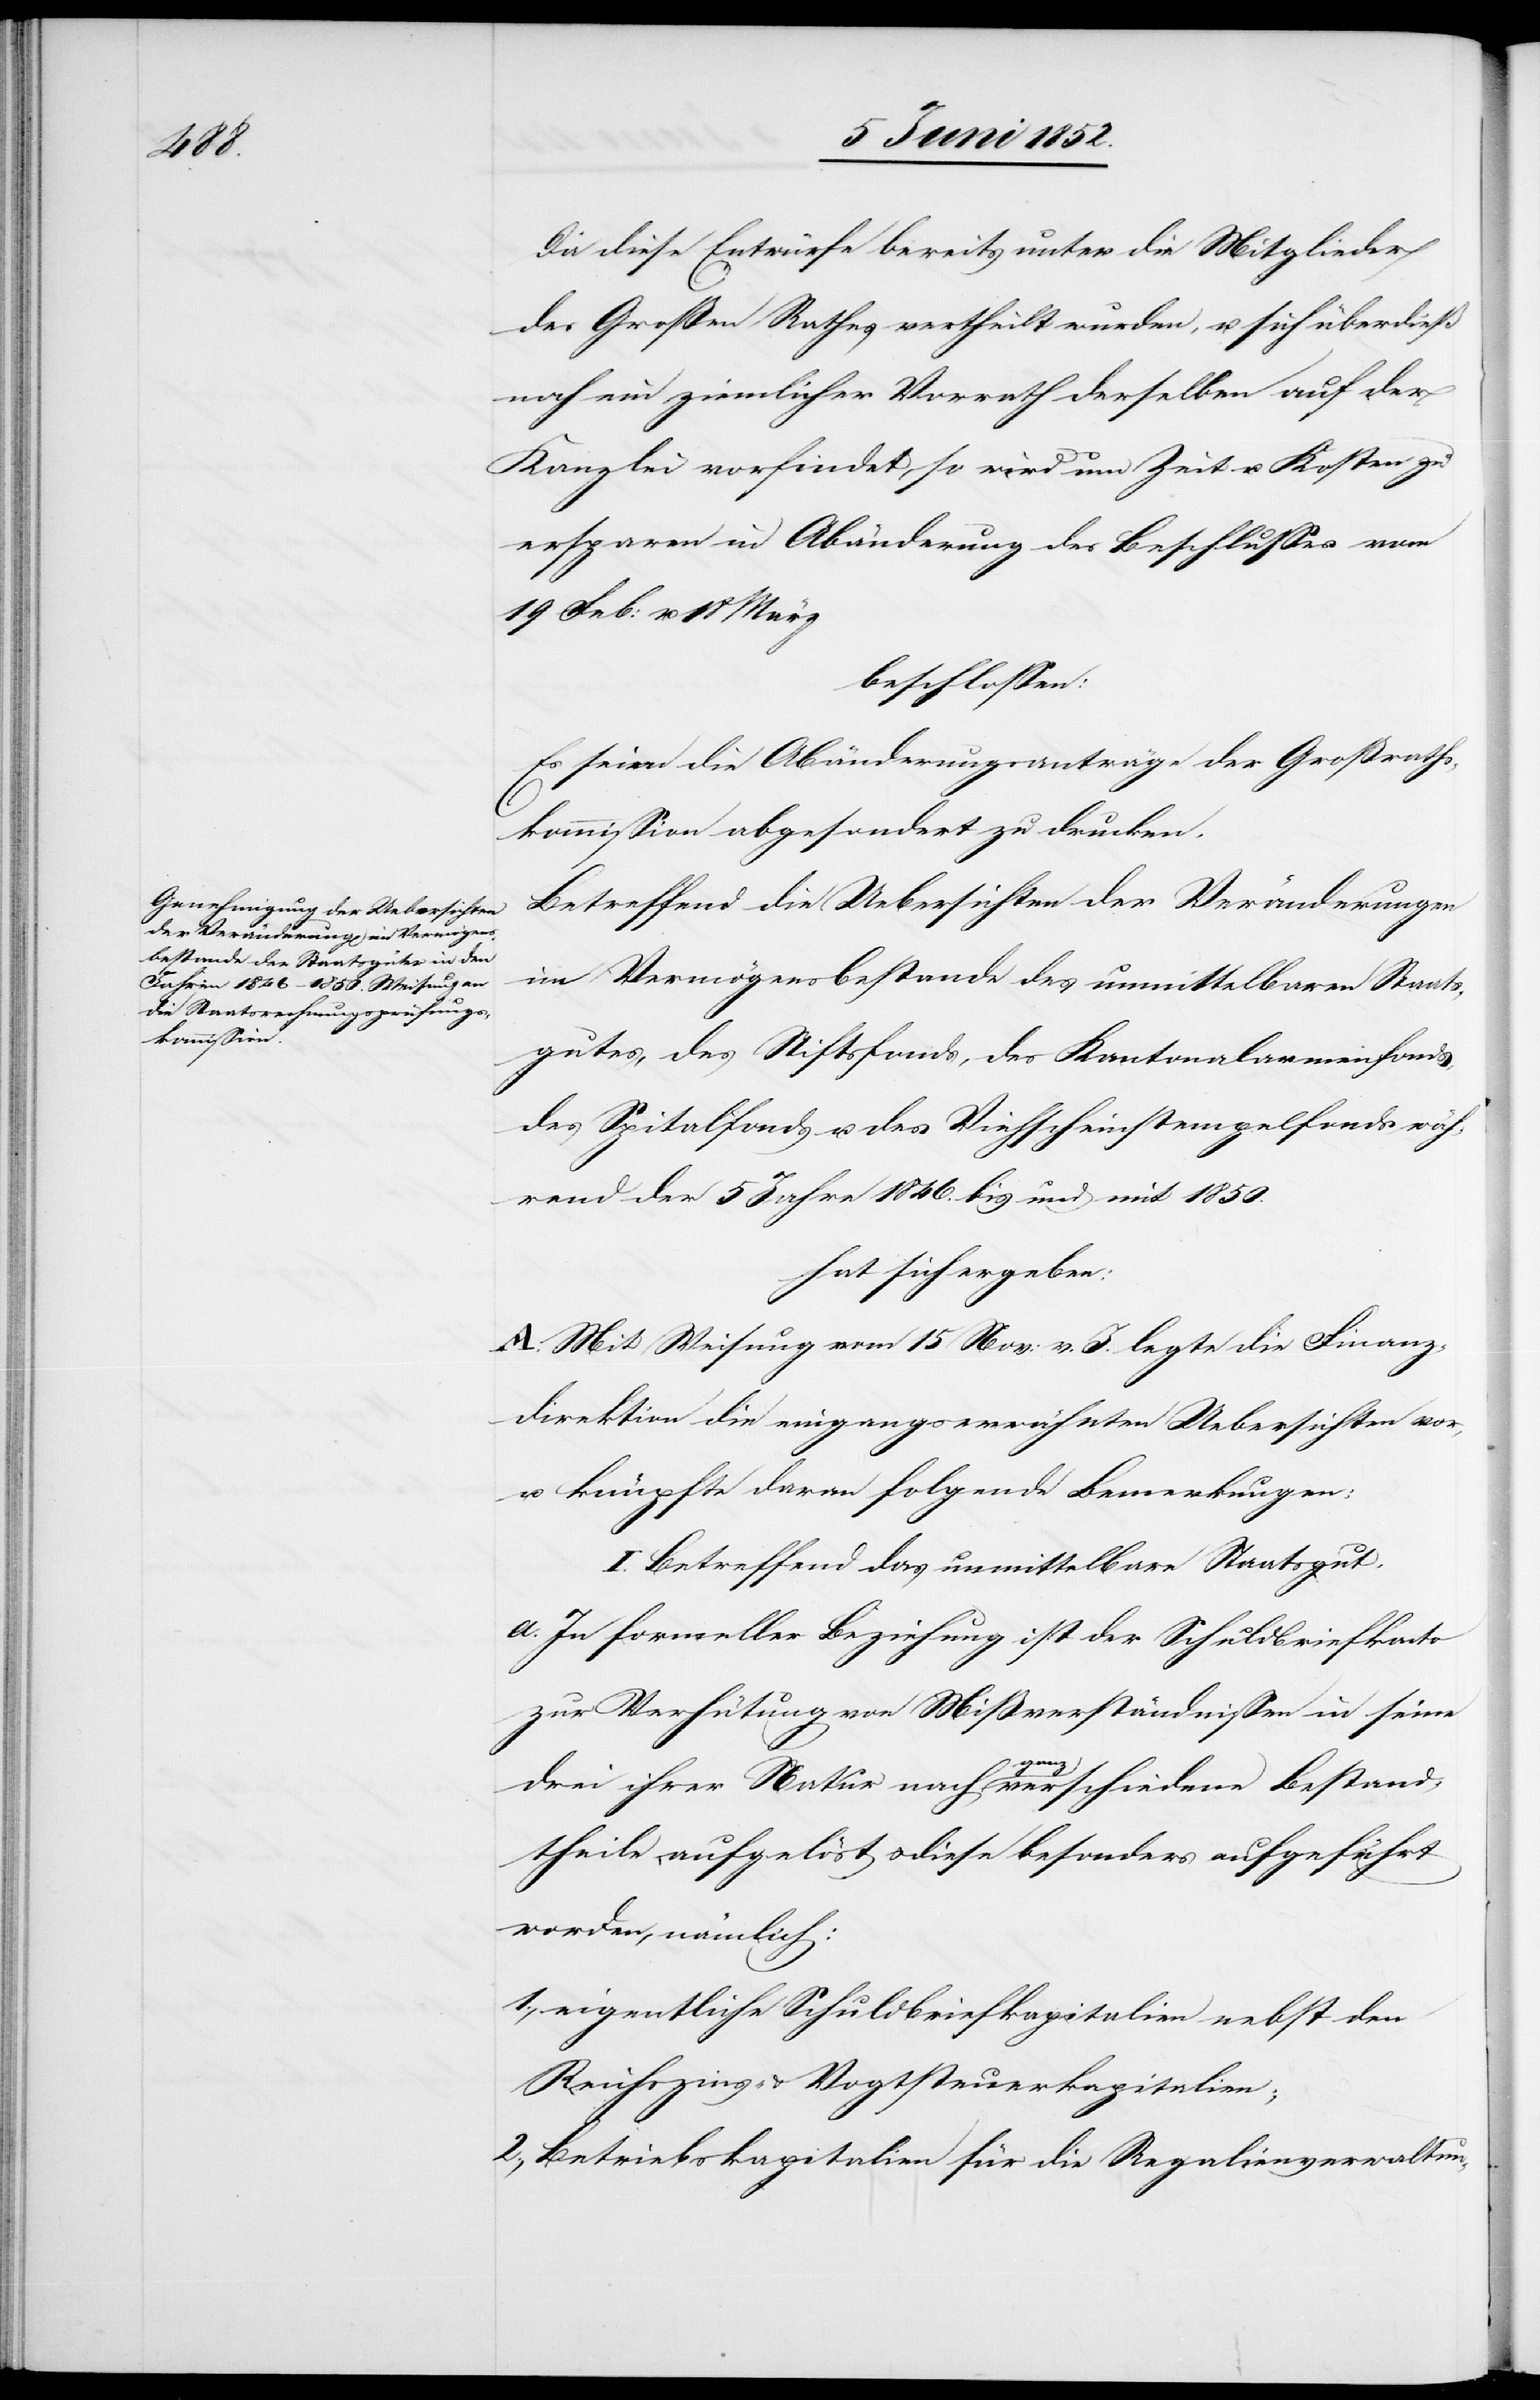
Da diese Entwürfe bereits unter die Mitglieder
des Großen Rathes vertheilt wurden, u. sich überdieß
noch ein ziemlicher Vorrath derselben auf der
Kanzlei vorfindet, so wird um Zeit u. Kosten zu
ersparen in Abänderung des Beschlusses vom
19 Feb: u. 18 März
beschlossen:
Es seien die Abänderungsanträge der Großraths¬
kommission abgesondert zu drucken.
Betreffend die Uebersichten der Veränderungen
im Vermögensbestande des unmittelbaren Staats¬
gutes, des Stiftsfonds, des Kantonalarmenfonds,
des Spitalfonds u. des Viehscheinstempelfonds wäh¬
rend der 5 Jahre 1846. bis und mit 1850.
hat sich ergeben:
A. Mit Weisung vom 15 Nov: v. J. legte die Finanz¬
direktion die eingangserwähnten Uebersichten vor,
u. knüpfte daran folgende Bemerkungen:
I. Betreffend das unmittelbare Staatsgut.
a. In formeller Beziehung ist der Schuldbriefkonto
zur Verhütung von Mißverständnissen in seine
drei ihrer Natur nach ganz verschiedene Bestand¬
theile aufgelöst & diese besonders aufgeführt
worden, nämlich:
eigentliche Schuldbriefkapitalien nebst den
Reichszins- & Vogtsteuerkapitalien;
Betriebskapitalien für die Regalienverwaltun-